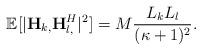
LaTeX: \begin{align*}\mathbb{E}[|\mathbf{H}_{k,}\mathbf{H}_{l,}^H|^2] = M\frac{L_kL_l}{(\kappa+1)^2}. \end{align*}